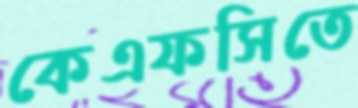
কেএফসিতে